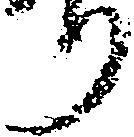
り